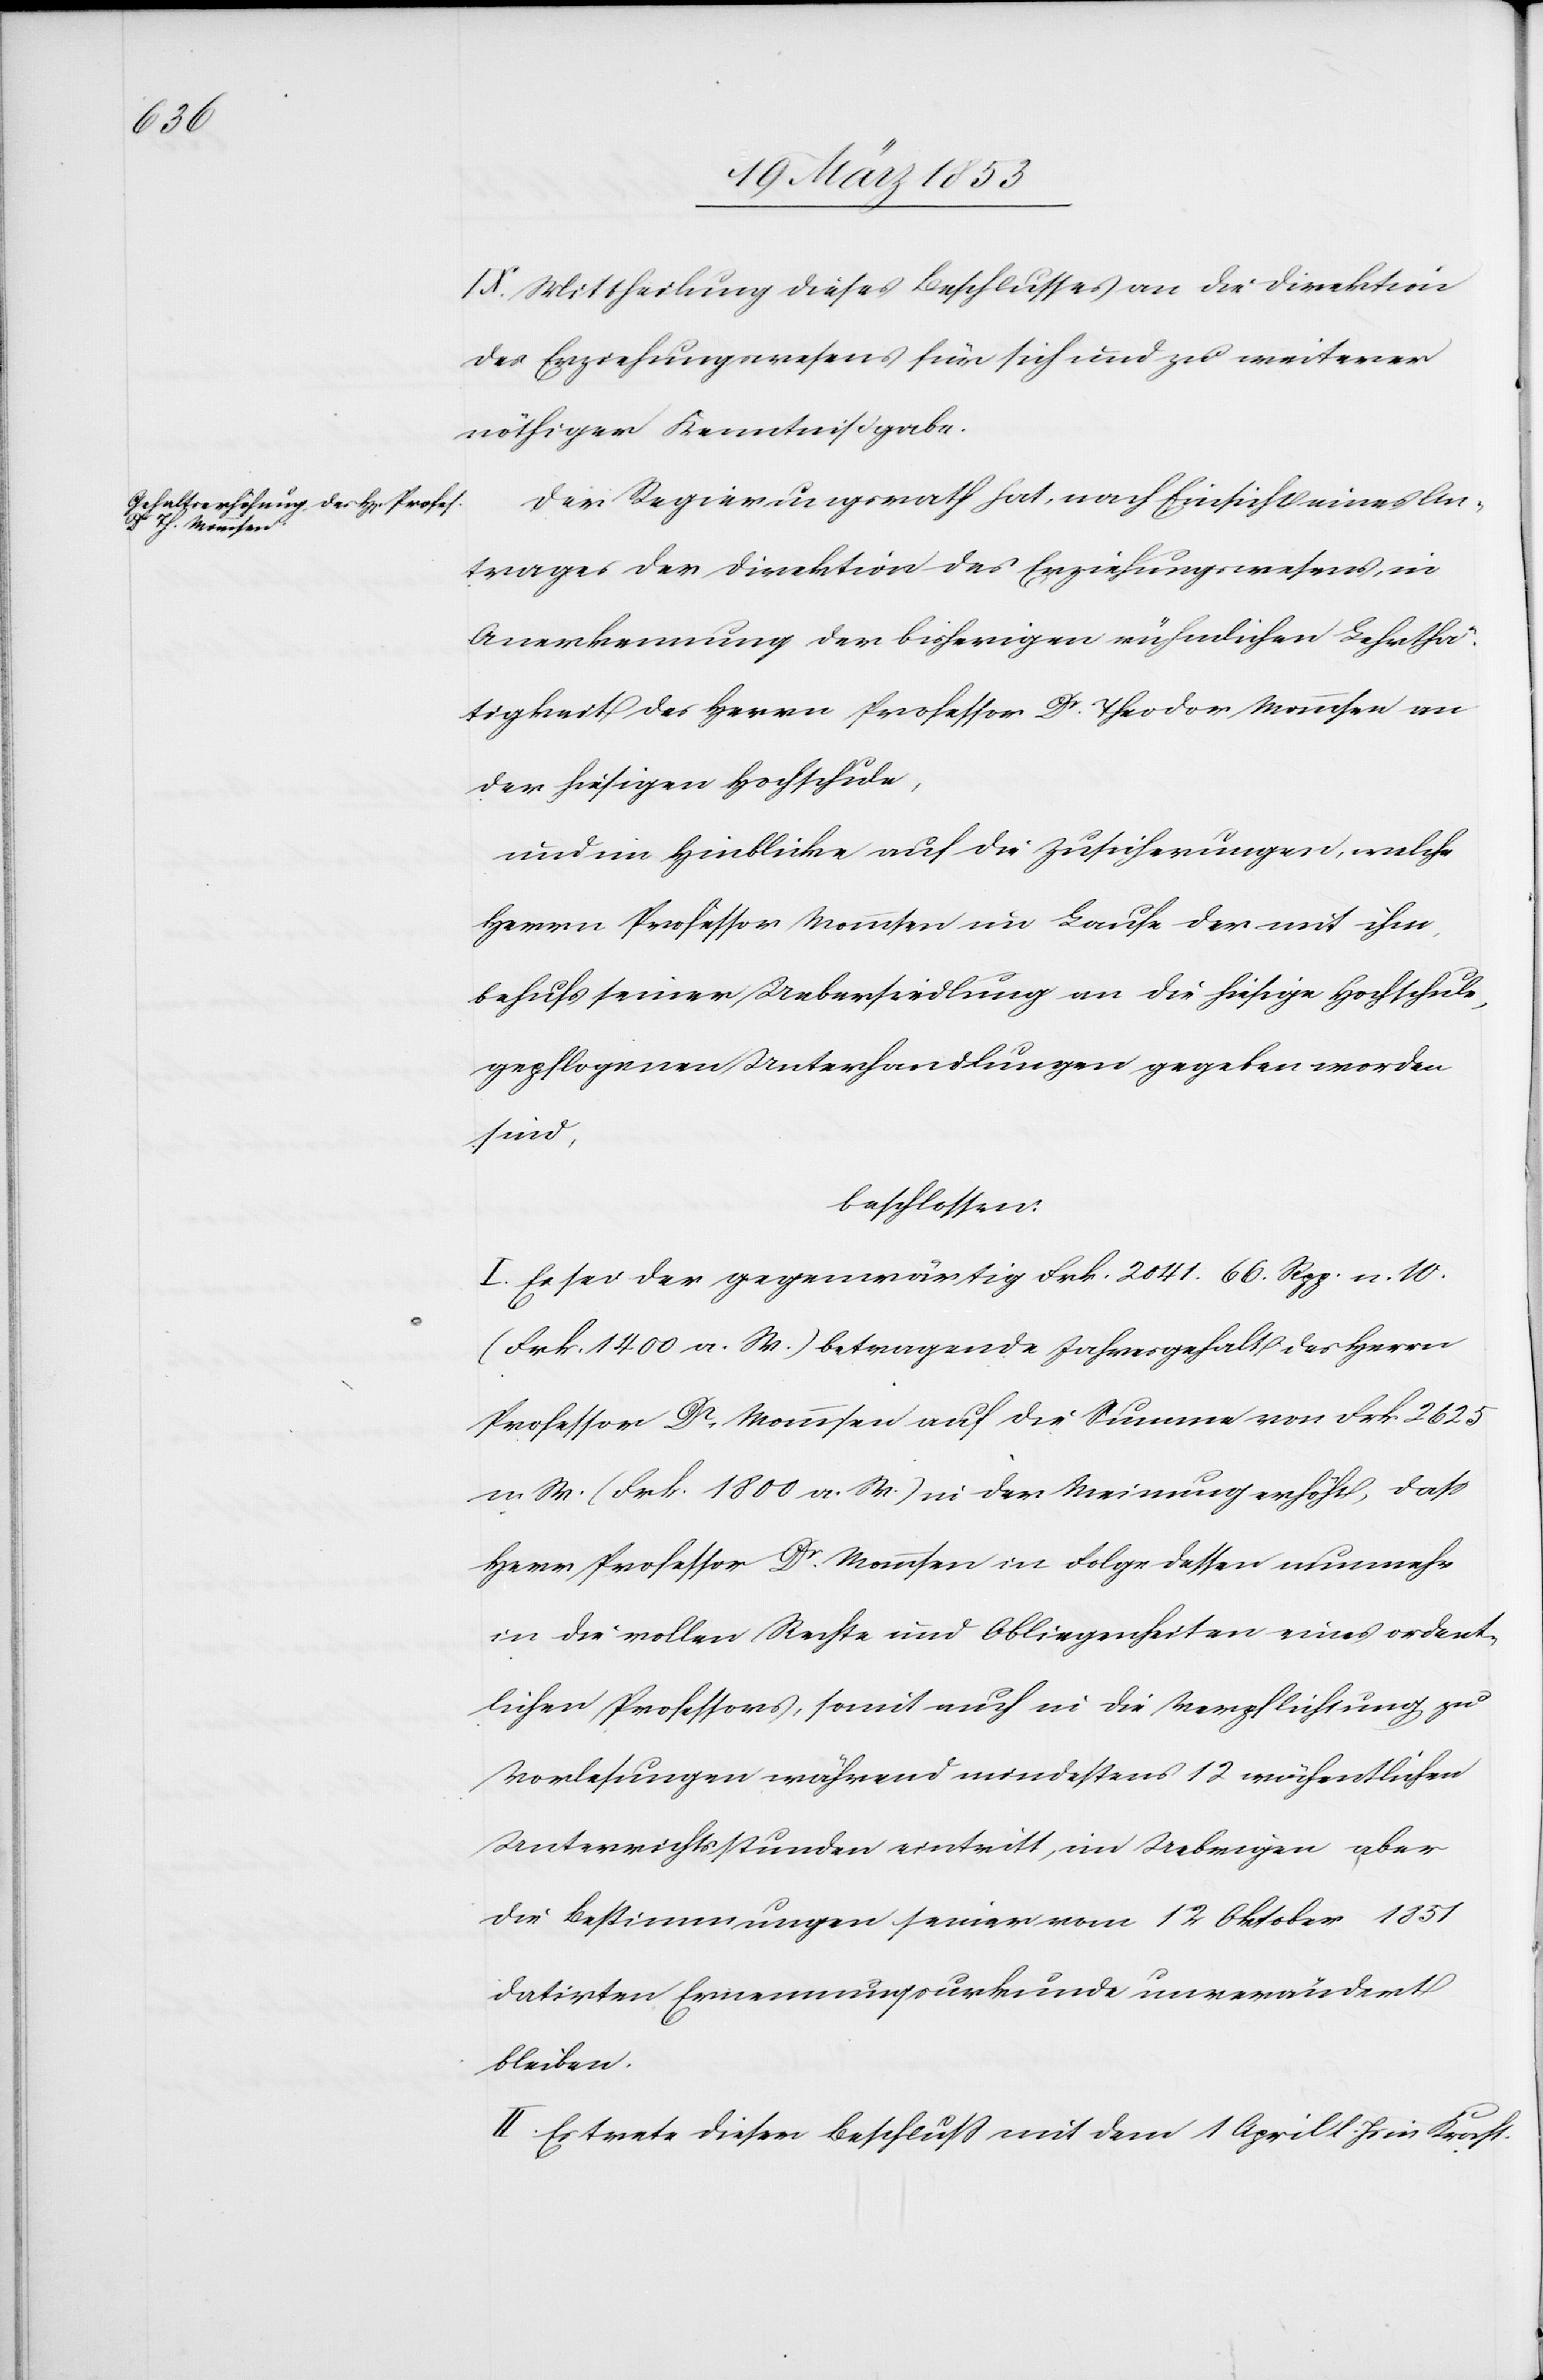
IX. Mittheilung dieses Beschlusses an die Direktion
des Erziehungswesens für sich und zu weiterer
nöthiger Kenntnißgabe.
Der Regierungsrath hat, nach Einsicht eines An¬
trages der Direktion des Erziehungswesens, in
Anerkennung der bisherigen rühmlichen Lehrthä¬
tigkeit des Herrn Professor Dr. Theodor Mommsen an
der hiesigen Hochschule,
Und im Hinblicke auf die Zusicherungen, welche
Herrn Professor Mommsen im Laufe der mit ihm
behufs seiner Uebersiedlung an die hiesige Hochschule,
gepflogenen Unterhandlungen gegeben worden
sind,
beschlossen:
I. Es sei der gegenwärtig Frk. 2041. 66 Rpp. n. W.
(Frk. 1400 a. W.) betragende Jahresgehalt des Herrn
Professor Dr. Mommsen auf die Summe von Frk. 2625
n. W. (Frk. 1800 a. W.) in der Meinung erhöht, daß
Herr Professor Dr. Mommsen in Folge dessen nunmehr
in die vollen Rechte und Obliegenheiten eines ordent¬
lichen Professors, somit auch in die Verpflichtung zu
Vorlesungen während mindestens 12 wöchentlichen
Unterrichtsstunden eintritt, im Uebrigen aber
die Bestimmungen seiner vom 12 Oktober 1851
datirten Ernennungsurkunde unverändert
bleiben.
II. Es trete dieser Beschluß mit dem 1 April d. Js. in Kraft.